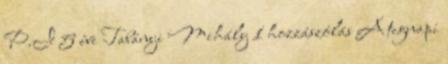
P.I 5 éve Tabányi Mihály 1 hozzászólás A tegnapi